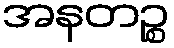
အနတဉ္စ